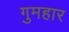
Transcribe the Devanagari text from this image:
गुमहार